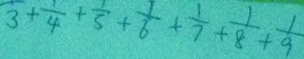
\overline { 3 } + \frac { 1 } { 4 } + \frac { 1 } { 5 } + \frac { 1 } { 6 } + \frac { 1 } { 7 } + \frac { 1 } { 8 } + \frac { 1 } { 9 }